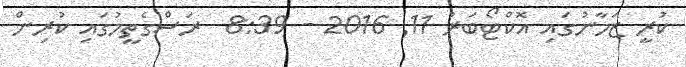
ކުރީ ޒަމާނުގައި އޮކްޓޯބަރު 11